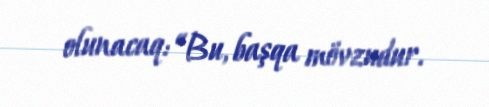
olunacaq: “Bu, başqa mövzudur.